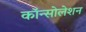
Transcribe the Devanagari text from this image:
कॉन्सोलेशन